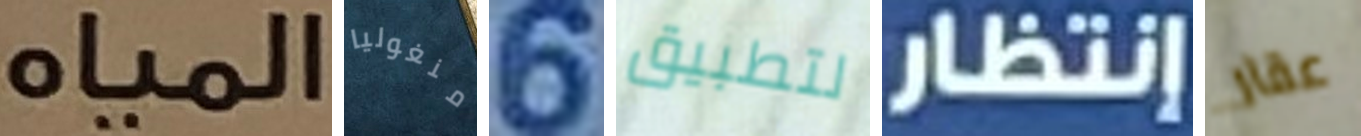
المياه منغوليا 6 لتطبيق إنتظار عقار